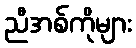
ညီအစ်ကိုများ